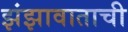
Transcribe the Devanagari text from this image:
झंझावाताची